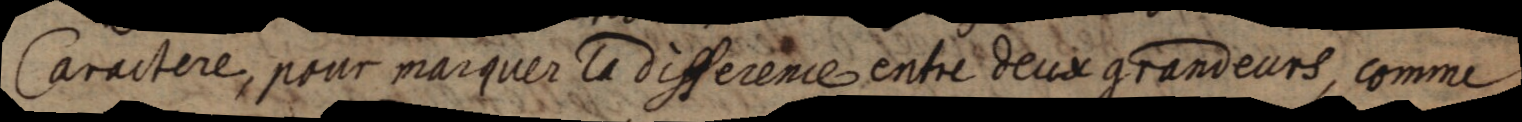
Caractere, pour marquer la difference entre deux grandeurs, comme